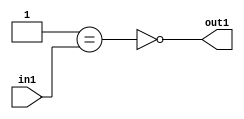
`timescale 1ps / 1ps
/*****************************************************************************
    Verilog RTL Description
    
    
    Created by: Stratus DpOpt 2019.1.01 
*******************************************************************************/

module st_weight_addr_gen_Nei1u16_4_11 (
	in1,
	out1
	); /* architecture "behavioural" */ 
input [15:0] in1;
output  out1;
wire  asc001,
	asc002;

assign asc002 = (21'B000000000000000000001==in1);

assign asc001 = 
	((~asc002));

assign out1 = asc001;
endmodule

/* CADENCE  ubP0SgE= : u9/ySgnWtBlWxVPRXgAZ4Og= ** DO NOT EDIT THIS LINE ******/